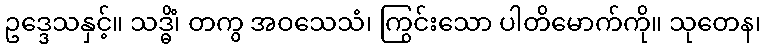
ဥဒ္ဒေသနှင့်။ သဒ္ဓိံ၊ တကွ အဝသေသံ၊ ကြွင်းသော ပါတိမောက်ကို။ သုတေန၊